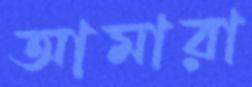
আমারা